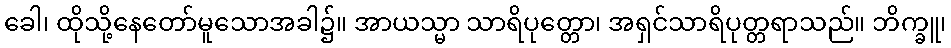
ခေါ၊ ထိုသို့နေတော်မူသောအခါ၌။ အာယသ္မာ သာရိပုတ္တော၊ အရှင်သာရိပုတ္တရာသည်။ ဘိက္ခူ၊